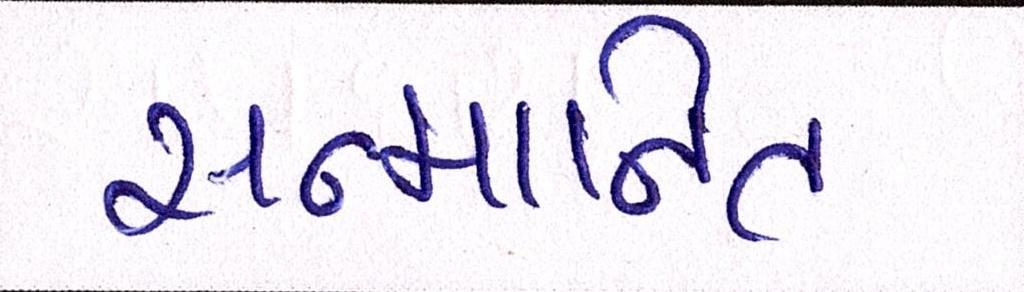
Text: સન્માનિત